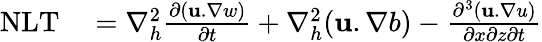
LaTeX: \begin{array}{rl}{\textnormal{NLT}}&{{}=\nabla_{h}^{2}\frac{\partial(\textbf{u}.\nabla w)}{\partial t}+\nabla_{h}^{2}(\textbf{u}.\nabla b)-\frac{\partial^{3}(\textbf{u}.\nabla u)}{\partial x\partial z\partial t}}\end{array}